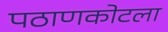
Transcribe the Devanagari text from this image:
पठाणकोटला